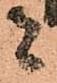
者